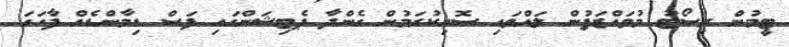
ޓީމުން ރިސޯޓު މުވައްޒަފުން ލައްވައި ސޮއިކުރަމުން ގެންދާ ޕެޓިޝަންގައި ފަސް ޑިމާންޑެއް ފާހަގަ